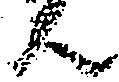
ん